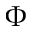
\Phi